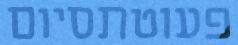
פעוטתסיום